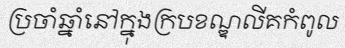
ប្រចាំឆ្នាំនៅក្នុងក្របខណ្ឌលីគកំពូល